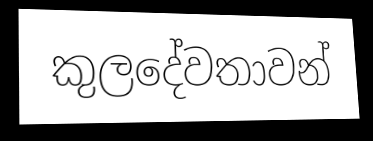
කුලදේවතාවන්